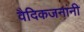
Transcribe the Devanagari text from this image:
वैदिकजनांनी